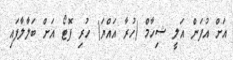
އަށް އުފަން އަލީ ޝިހާމް (ހުރާ އައްޔަ) ހުރި ފޮޓޯ އަށް ބަލާލާފައި